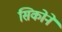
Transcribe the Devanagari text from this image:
सिकोने